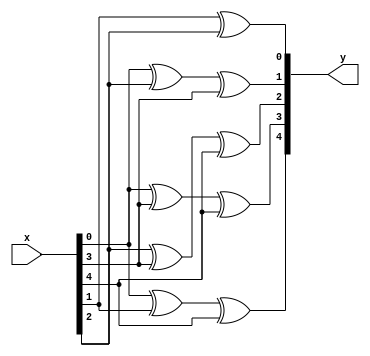
module rsdec_syn_m8 (y, x);
	input [4:0] x;
	output [4:0] y;
	reg [4:0] y;
	always @ (x)
	begin
		y[0] = x[1] ^ x[2];
		y[1] = x[0] ^ x[2] ^ x[3];
		y[2] = x[2] ^ x[3] ^ x[4];
		y[3] = x[0] ^ x[3] ^ x[4];
		y[4] = x[0] ^ x[1] ^ x[4];
	end
endmodule